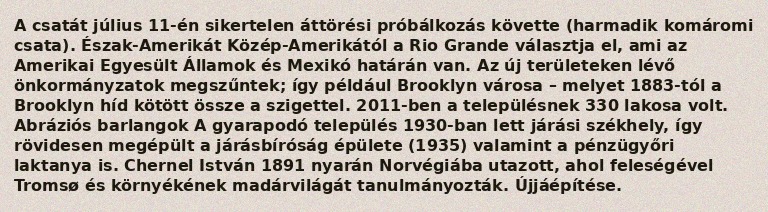
A csatát július 11-én sikertelen áttörési próbálkozás követte (harmadik komáromi csata). Észak-Amerikát Közép-Amerikától a Rio Grande választja el, ami az Amerikai Egyesült Államok és Mexikó határán van. Az új területeken lévő önkormányzatok megszűntek; így például Brooklyn városa – melyet 1883-tól a Brooklyn híd kötött össze a szigettel. 2011-ben a településnek 330 lakosa volt. Abráziós barlangok A gyarapodó település 1930-ban lett járási székhely, így rövidesen megépült a járásbíróság épülete (1935) valamint a pénzügyőri laktanya is. Chernel István 1891 nyarán Norvégiába utazott, ahol feleségével Tromsø és környékének madárvilágát tanulmányozták. Újjáépítése.